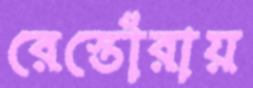
রেস্তোঁরায়